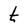
Character: t